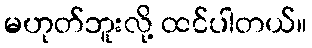
မဟုတ်ဘူးလို့ ထင်ပါတယ်။